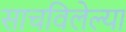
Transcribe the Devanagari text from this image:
साचविलेल्या